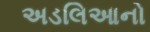
અડલિઆનો